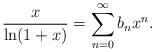
LaTeX: \begin{align*}\frac{x}{\ln(1+x)}=\sum_{n=0}^\infty b_nx^n.\end{align*}